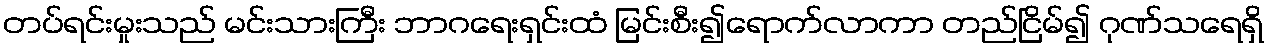
တပ်ရင်းမှုးသည် မင်းသားကြီး ဘာဂရေးရှင်းထံ မြင်းစီး၍ရောက်လာကာ တည်ငြိမ်၍ ဂုဏ်သရေရှိ